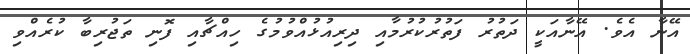
އޭނާ އެވެ. އޭނާއަކީ ދަތުރު ފަތުރުކުރުމާއި ދިރިއުޅުއްވުމުގެ ހިއްޗާއި ފޮނި ތަޖުރިބާ ކުރެއްވި